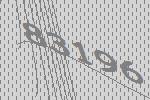
83196